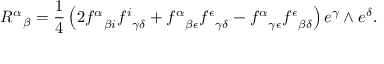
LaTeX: { R ^ { \alpha } } _ { \beta } = { \frac { 1 } { 4 } } \left( 2 { f ^ { \alpha } } _ { \beta i } { f ^ { i } } _ { \gamma \delta } + { f ^ { \alpha } } _ { \beta \epsilon } { f ^ { \epsilon } } _ { \gamma \delta } - { f ^ { \alpha } } _ { \gamma \epsilon } { f ^ { \epsilon } } _ { \beta \delta } \right) e ^ { \gamma } \wedge e ^ { \delta } .